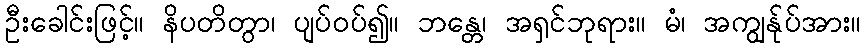
ဦးခေါင်းဖြင့်။ နိပတိတွာ၊ ပျပ်ဝပ်၍။ ဘန္တေ၊ အရှင်ဘုရား။ မံ၊ အကျွန်ုပ်အား။